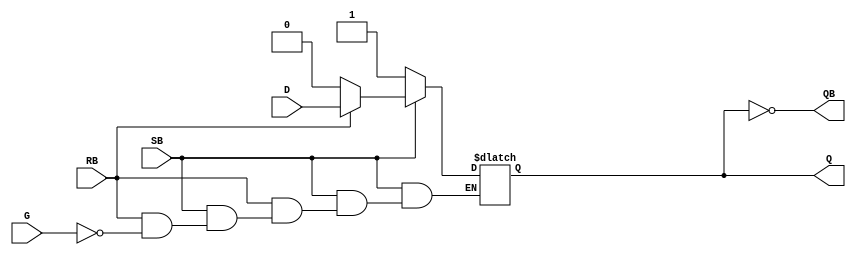
module D_Latch(
/*AUTOARG*/
   // Outputs
   Q, QB,
   // Inputs
   SB, RB, G, D
   );

input   SB;
input   RB;
input   G;
input   D;
output  Q;
output  QB;

reg Q;
always@(*)
    if(SB==0)
        Q = 1;
    else if(RB == 0)
        Q = 0;
    else if(G)
        Q = D;

assign  QB = ~Q;

endmodule